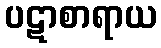
ပဋာစာရာယ